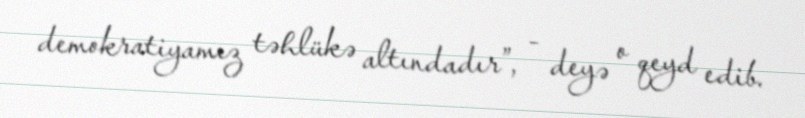
demokratiyamız təhlükə altındadır”, - deyə o qeyd edib.